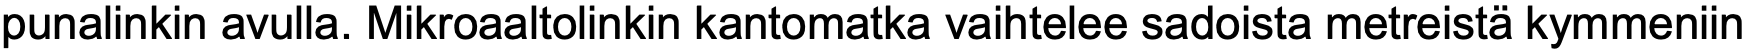
punalinkin avulla. Mikroaaltolinkin kantomatka vaihtelee sadoista metreistä kymmeniin